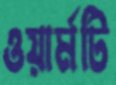
ওয়ার্মটি